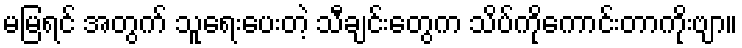
မမြရင် အတွက် သူရေးပေးတဲ့ သီချင်းတွေက သိပ်ကိုကောင်းတာကိုးဗျာ။